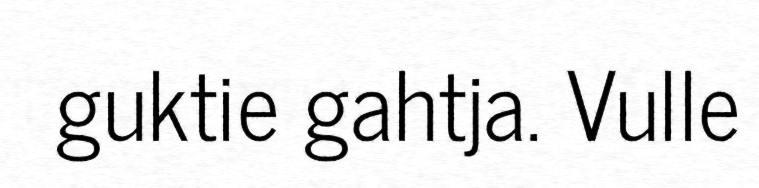
guktie gahtja. Vulle